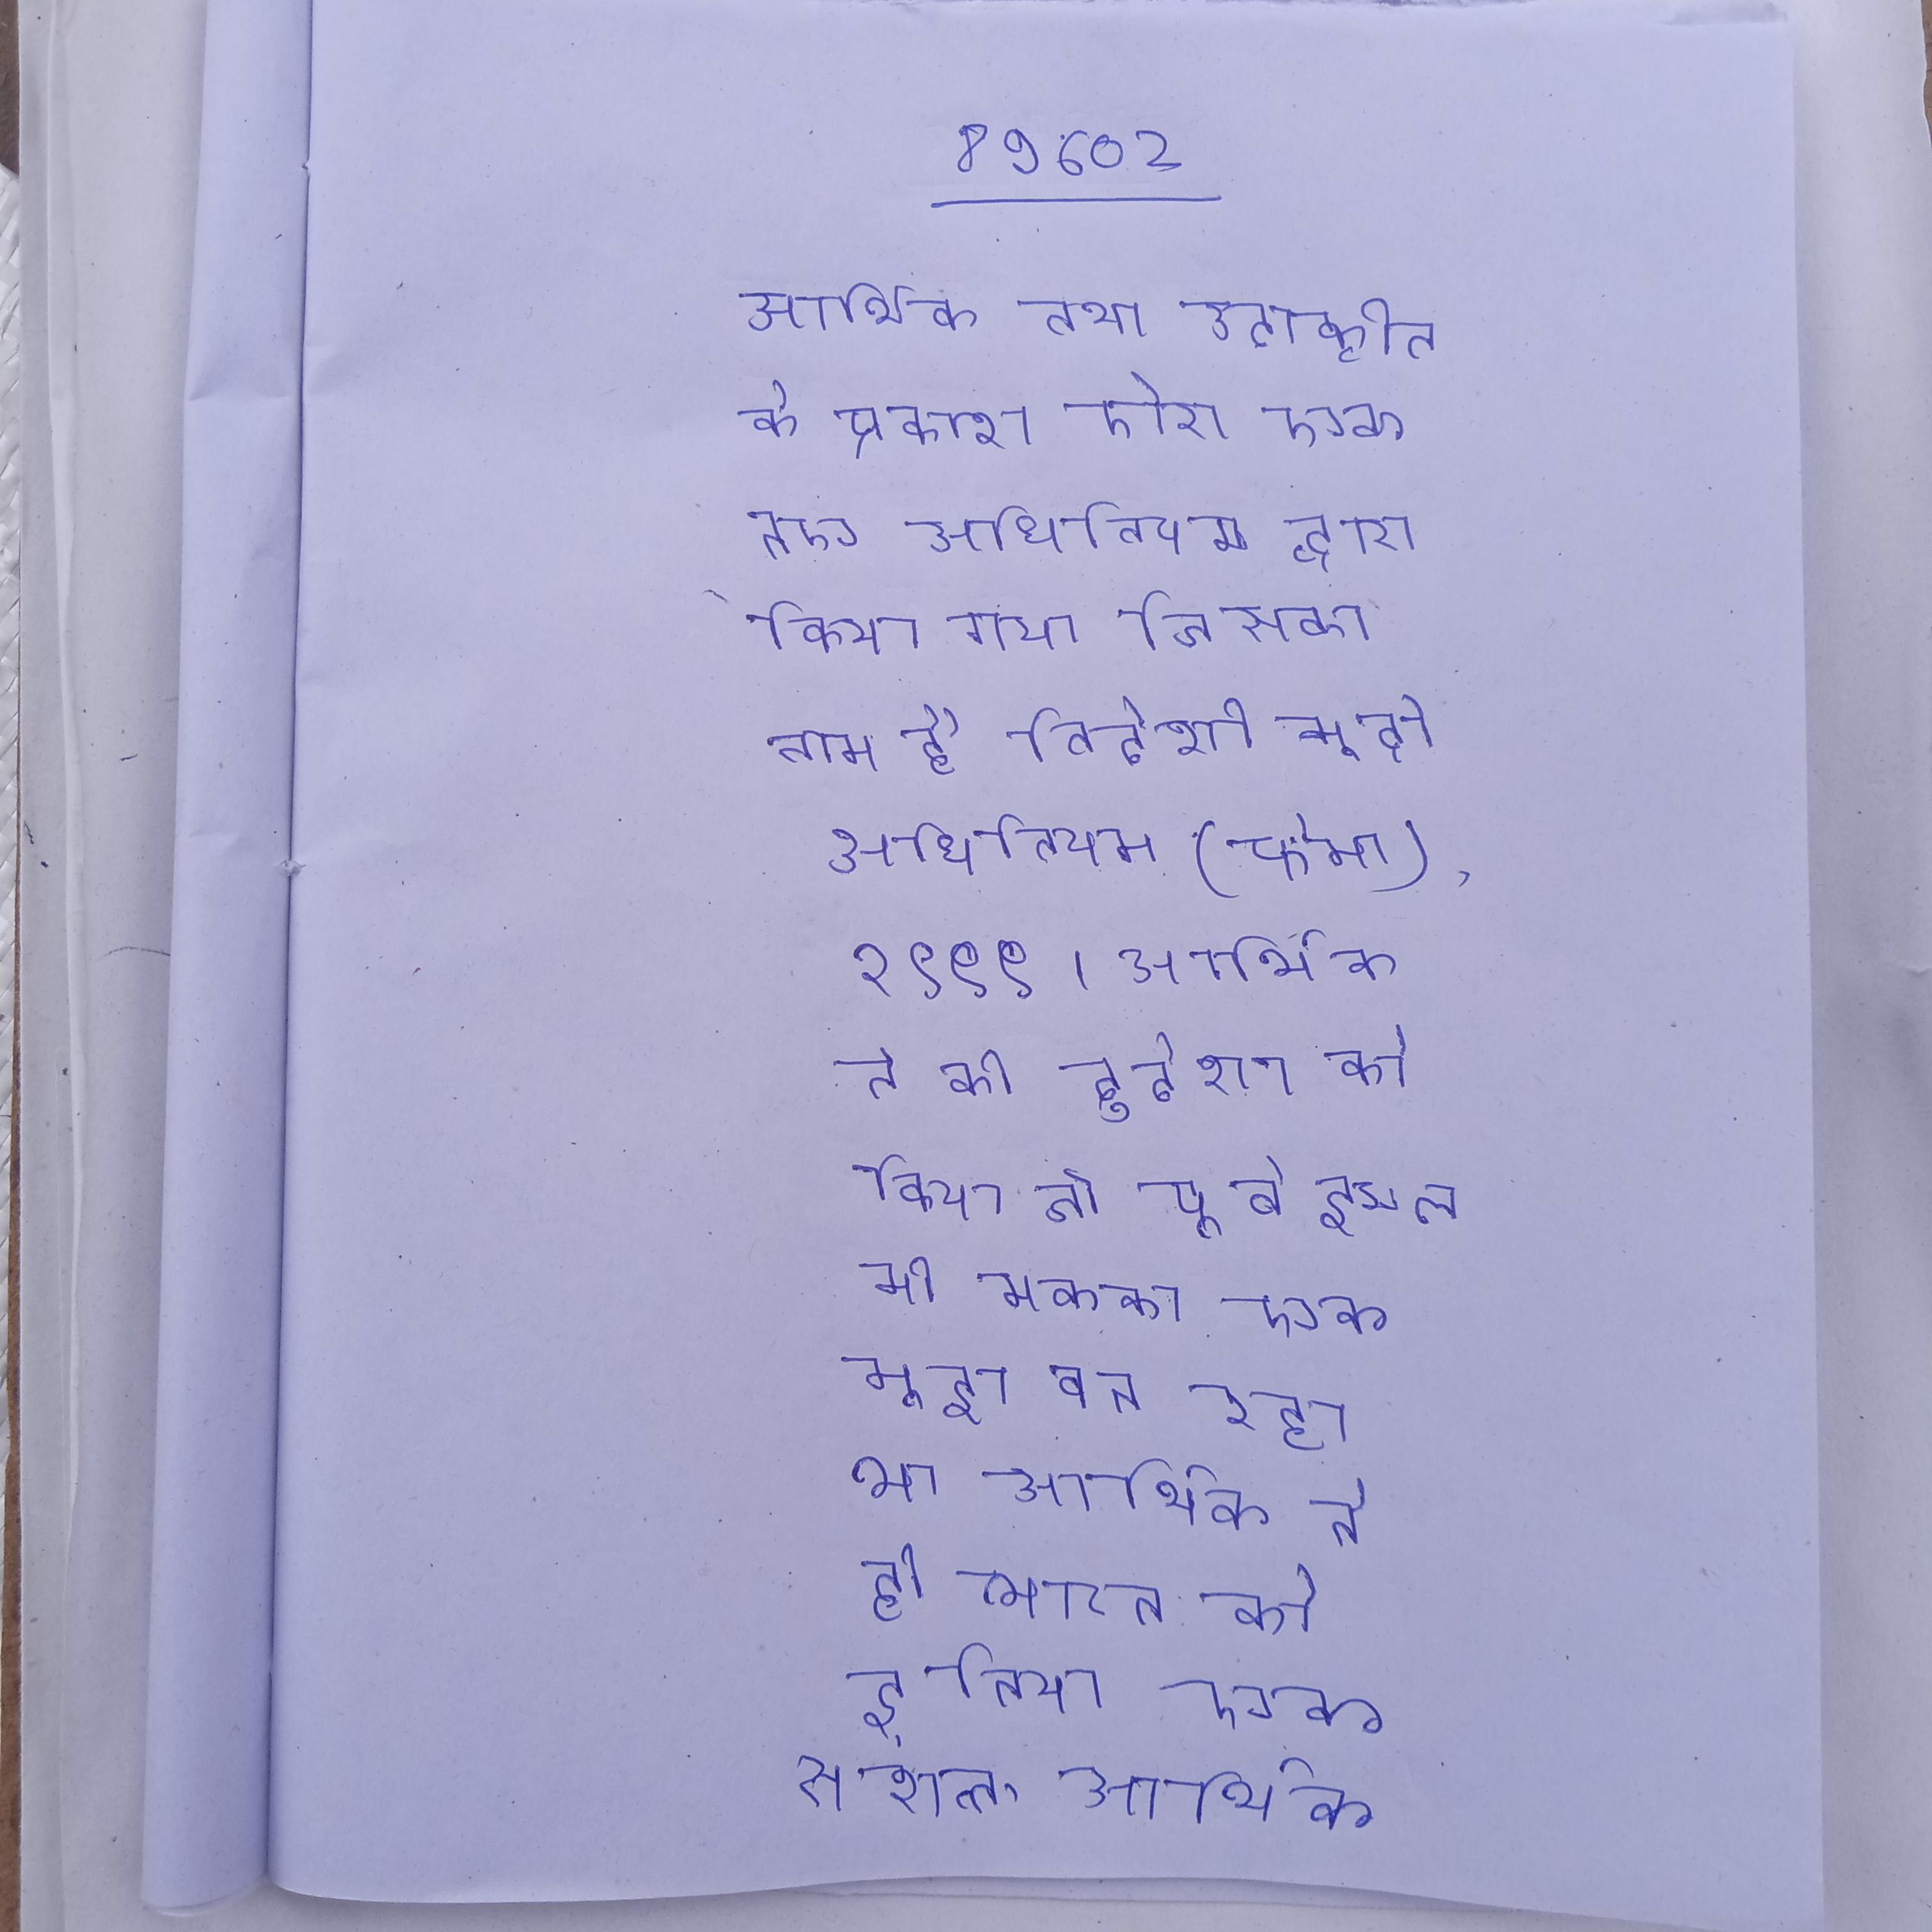
आर्थिक तथा उदारीकृत, के प्रकाश फेरा को एक नए अधिनियम द्वारा किया गया जिसका नाम है विदेशी मुद्रा अधिनियम (फेमा), १९९९ । आर्थिक ने की दुर्दशा को किया, जो पूर्व इस्लामी मक्का एक मुद्दा बन रहा था । आर्थिक ने ही भारत को दुनिया एक सशक्त आर्थिक देश का दिलाया ।